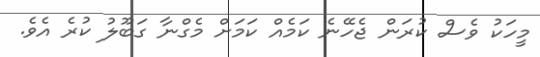
މީހަކު ވެސް ކުރަން ޖެހޭނެ ކަމެއް ކަމަށް މެގްނާ ގަބޫލު ކުރެ އެވެ.